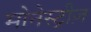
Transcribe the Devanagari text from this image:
मोनेस्ट्रीज़